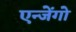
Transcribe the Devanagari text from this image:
एन्जेंगो